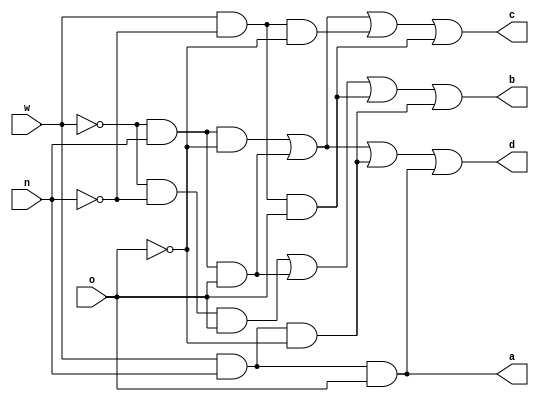
`timescale 1ns / 1ps
//////////////////////////////////////////////////////////////////////////////////
// Company: 
// Engineer: 
// 
// Design Name: 
// Module Name: voting_rule
// Project Name: 
// Target Devices: 
// Tool Versions: 
// Description: 
// 
// Dependencies: 
// 
// Revision:
// Revision 0.01 - File Created
// Additional Comments:
// 
//////////////////////////////////////////////////////////////////////////////////
module voting_rule(w,n,o,a,b,c,d);
	input w,n,o;
	output a,b,c,d;
	assign a = w&n&o;
	assign b = ~w&~n&o | ~w&n&o | w&~n&o | w&n&~o;
	assign c = ~w&n&~o | ~w&n&o | w&~n&~o | w&~n&o;
	assign d = ~w&n&~o | ~w&n&o | w&n&~o | w&n&o;
endmodule // end voting_rule